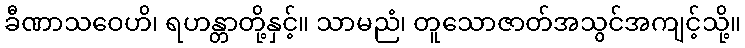
ခီဏာသဝေဟိ၊ ရဟန္တာတို့နှင့်။ သာမညံ၊ တူသောဇာတ်အသွင်အကျင့်သို့။